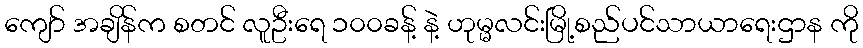
ကျော် အချိန်က စတင် လူဦးရေ ၁၀၀ခန့် နဲ့ ဟုမ္မလင်းမြို့စည်ပင်သာယာရေးဌာန ကို